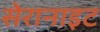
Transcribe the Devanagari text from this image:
सेरानाइट